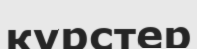
курстер